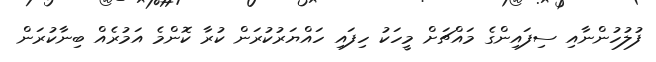
ފުލުހުންނާއި ސިފައިންގެ މައްޗަށް މީހަކު ހިފައި ހައްޔަރުކުރަން ކުރާ ކޮންމެ އަމުރެއް ބިނާކުރަން